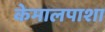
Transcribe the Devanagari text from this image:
केमालपाशा